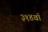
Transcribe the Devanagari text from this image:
३१४वॉ